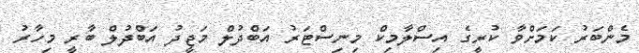
މެންބަރު ކަމަށްވާ ކުރީގެ އިސްލާމިކް މިނިސްޓަރު އަބްދުލް މަޖީދު އަބްދުލް ބާރީ މިހާރު